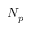
N _ { p }